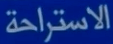
الاستراحة